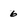
Character: 6